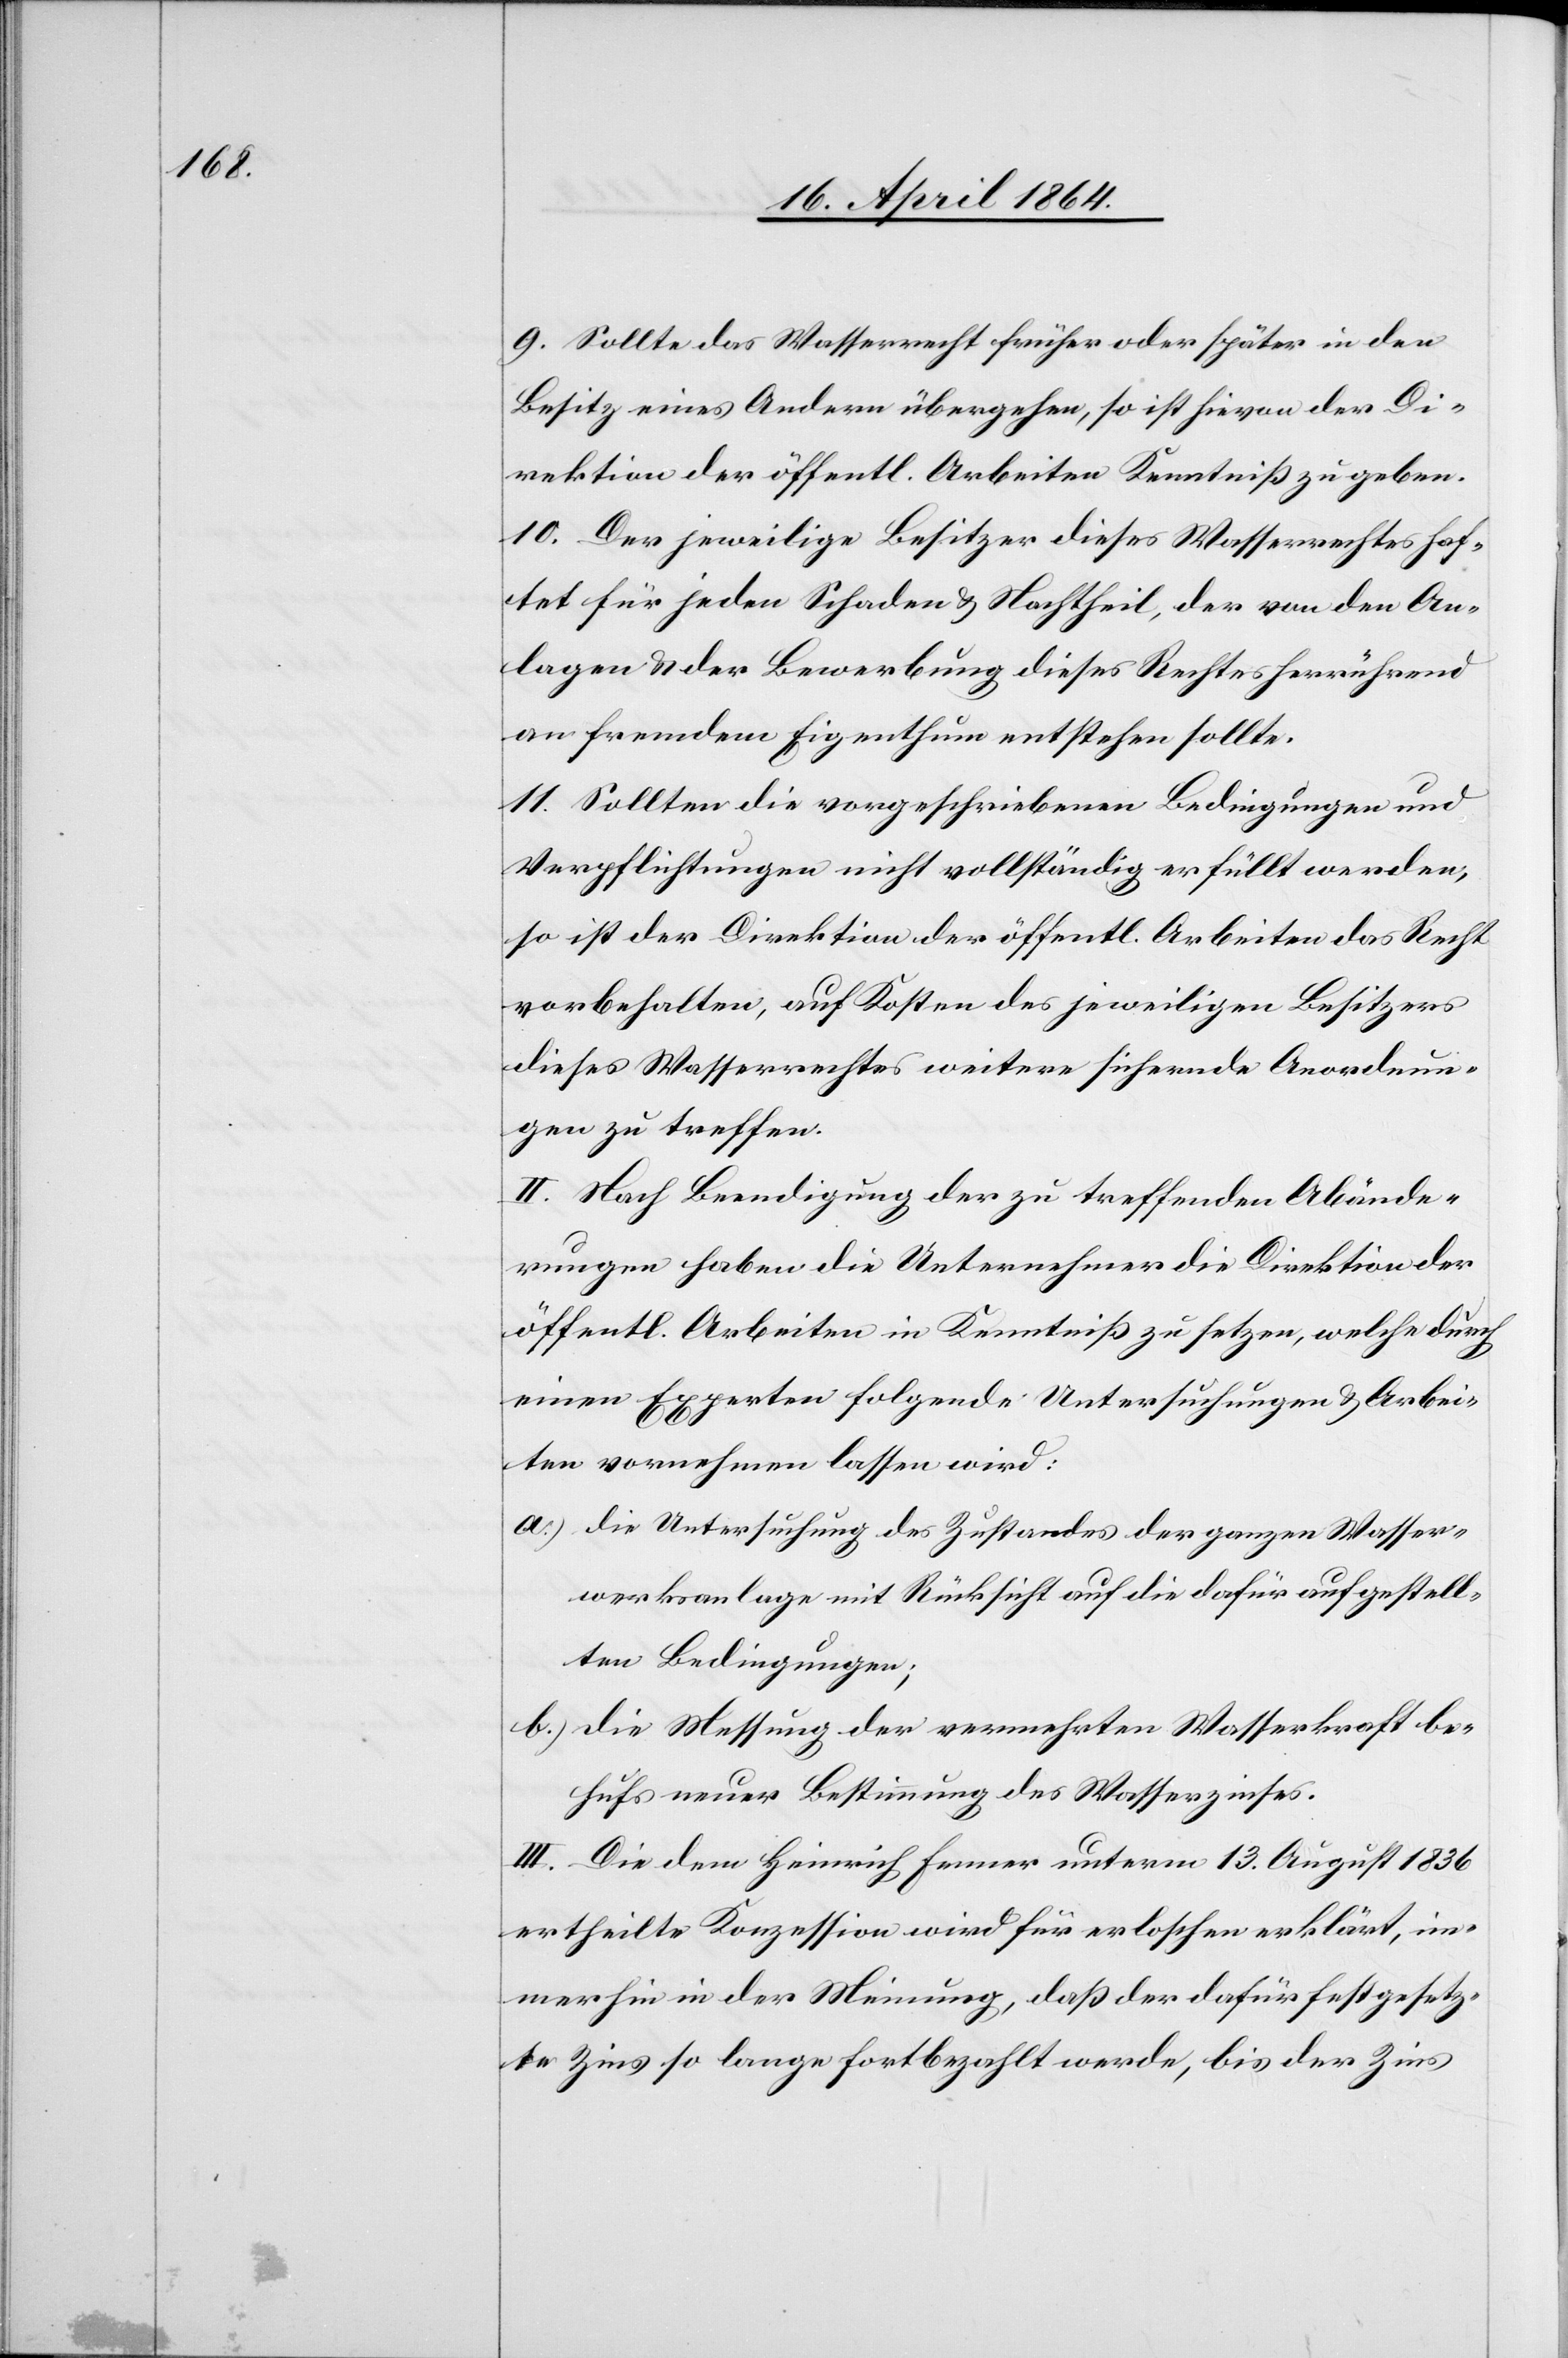
9. Sollte das Wasserrecht früher oder später in den
Besitz eines Andern übergehen, so ist hievon der Di¬
rektion der öffentl. Arbeiten Kenntniß zu geben.
10. Der jeweilige Besitzer dieses Wasserrechtes haf¬
tet für jeden Schaden u. Nachtheil, der von den An¬
lagen u. der Bewerbung dieses Rechtes herrührend
an fremdem Eigenthum entstehen sollte.
11. Sollten die vorgeschriebenen Bedingungen und
Verpflichtungen nicht vollständig erfüllt werden,
so ist der Direktion der öffentl. Arbeiten das Recht
vorbehalten, auf Kosten des jeweiligen Besitzers
dieses Wasserrechtes weitere sichernde Anordnun¬
gen zu treffen.
II. Nach Beendigung der zu treffenden Abände¬
rungen haben die Unternehmer die Direktion der
öffentl. Arbeiten in Kenntniß zu setzen, welche durch
einen Experten folgende Untersuchungen u. Arbei¬
ten vornehmen lassen wird:
a.) Die Untersuchung des Zustandes der ganzen Wasser¬
werksanlage mit Rücksicht auf die dafür aufgestell¬
ten Bedingungen;
b.) Die Messung der vermehrten Wasserkraft be¬
hufs neuer Bestimmung des Wasserzinses.
III. Die dem Heinrich Fenner unterm 13. August 1836
ertheilte Konzession wird für erloschen erklärt, im¬
merhin in der Meinung, daß der dafür festgesetz¬
te Zins so lange fortbezahlt werde, bis der Zins